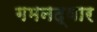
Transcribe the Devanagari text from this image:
गमनद्वार